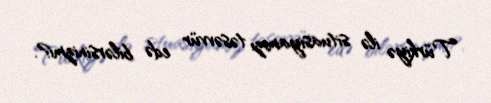
Türkiyə ilə situasiyamızı təsəvvür edə bilərsinizmi?.